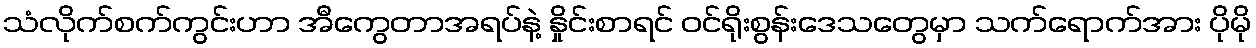
သံလိုက်စက်ကွင်းဟာ အီကွေတာအရပ်နဲ့ နှိုင်းစာရင် ဝင်ရိုးစွန်းဒေသတွေမှာ သက်ရောက်အား ပိုမို